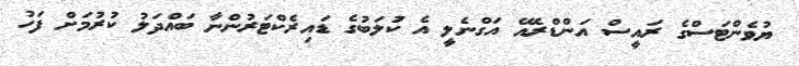
ޔުވެންޓަސްގެ ރައީސް އަންޑްރެއޭ އަގްނެލީ އެ ކުަލަބުގެ ޑައިރެކްޓަރުންނާ ބައްދަލު ކުރުމަށް ފަހު